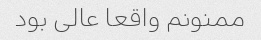
ممنونم واقعا عالی بود